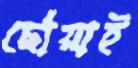
ছোঁয়াই